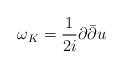
LaTeX: \begin{align*}\omega_K = \frac{1}{2i} \partial {\bar {\partial} } u\end{align*}